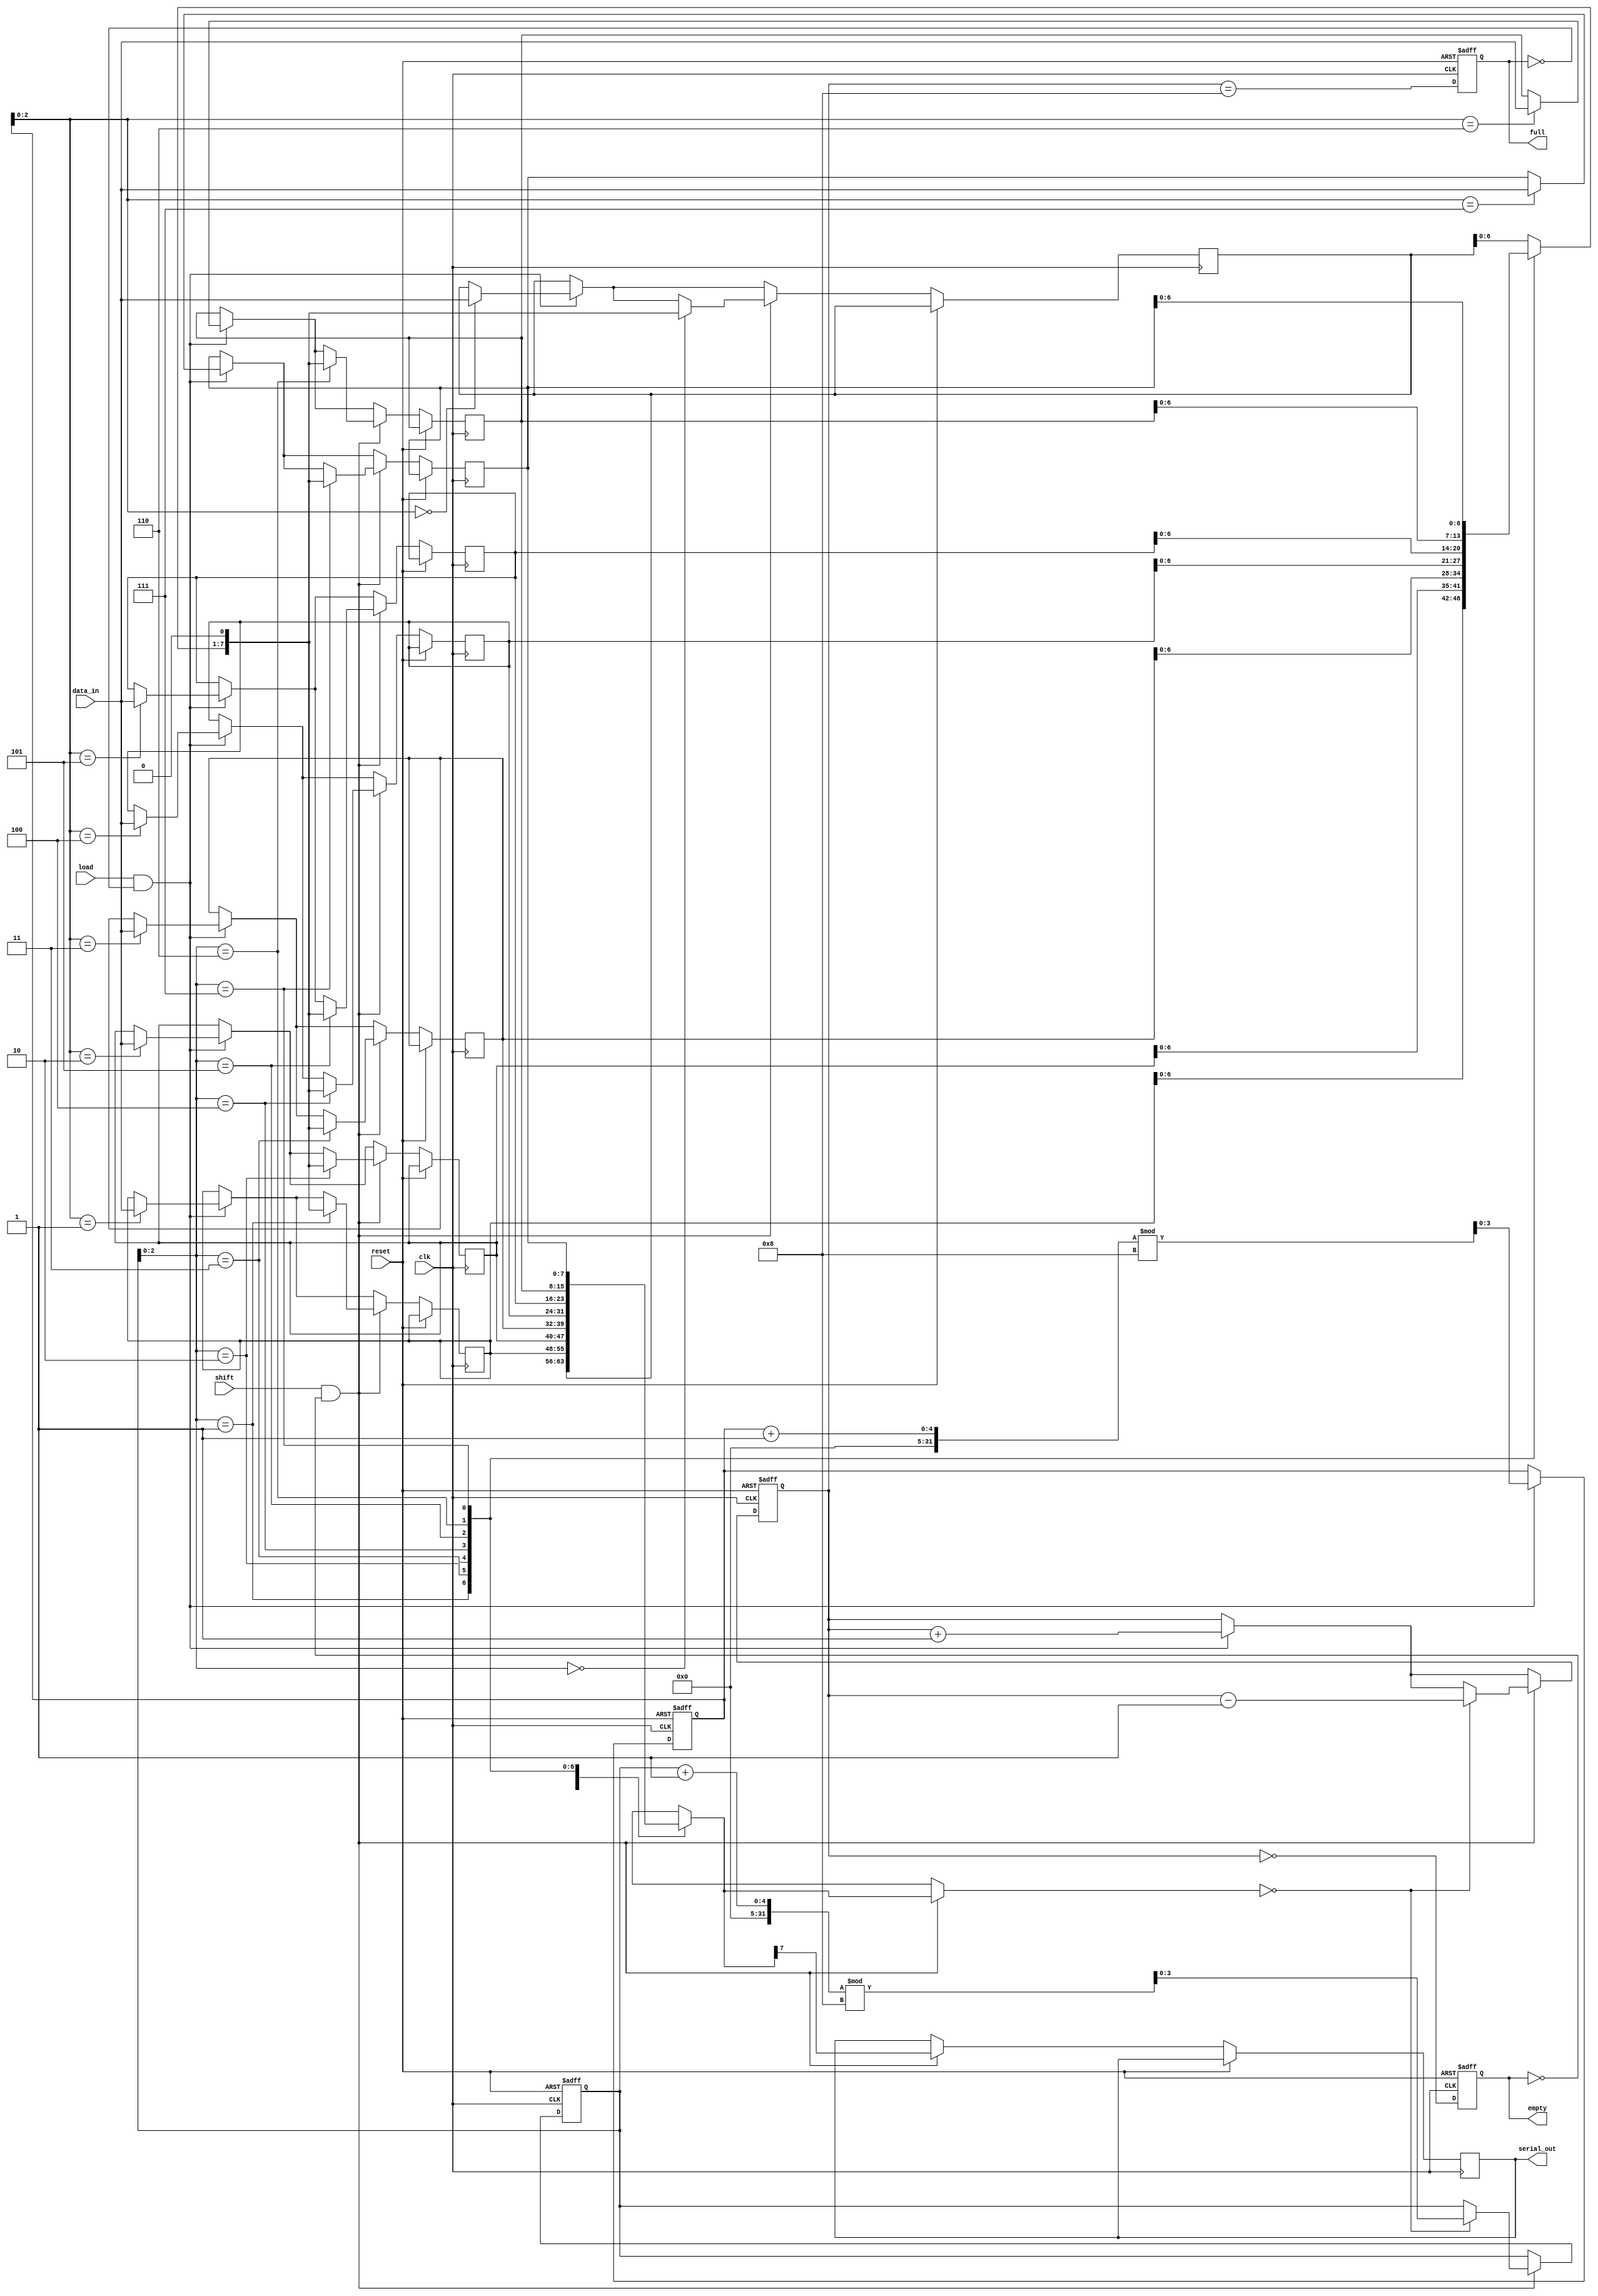
module FIFO_PISO #(
    parameter DEPTH = 8,  // Configurable depth of the FIFO
    parameter WIDTH = 8   // Width of the data input
)(
    input wire clk,                // Clock signal
    input wire reset,              // Reset signal
    input wire load,               // Load signal for parallel input
    input wire shift,              // Shift signal for serial output
    input wire [WIDTH-1:0] data_in, // Parallel data input
    output reg serial_out,         // Serial output
    output reg empty,              // Empty flag
    output reg full                // Full flag
);

    // Internal storage for FIFO
    reg [WIDTH-1:0] fifo [0:DEPTH-1]; // FIFO storage array
    reg [3:0] head;                   // Points to the next data to be output
    reg [3:0] tail;                   // Points to the next data to be written
    reg [3:0] count;                  // Number of elements in FIFO

    // Initialize the FIFO
    initial begin
        head = 0;
        tail = 0;
        count = 0;
        empty = 1;
        full = 0;
    end

    // Sequential logic for loading and shifting
    always @(posedge clk or posedge reset) begin
        if (reset) begin
            head <= 0;
            tail <= 0;
            count <= 0;
            empty <= 1;
            full <= 0;
        end else begin
            // Load data into FIFO
            if (load && !full) begin
                fifo[tail] <= data_in;
                tail <= (tail + 1) % DEPTH;
                count <= count + 1;
            end

            // Shift data out serially
            if (shift && !empty) begin
                serial_out <= fifo[head][WIDTH-1]; // Output the MSB of the current head
                fifo[head] <= {fifo[head][WIDTH-2:0], 1'b0}; // Shift left
                if (fifo[head] == 0) begin
                    head <= (head + 1) % DEPTH; // Move head to next
                    count <= count - 1;
                end
            end

            // Update empty and full flags
            empty <= (count == 0);
            full <= (count == DEPTH);
        end
    end

endmodule